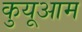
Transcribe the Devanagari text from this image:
कुयूआम